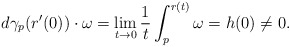
\begin{align*} d\gamma_p(r'(0))\cdot\omega = \lim_{t\to 0}\frac{1}{t}\int_{p}^{r(t)}\omega = h(0)\neq 0.\end{align*}